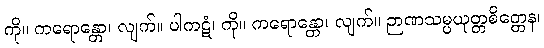
ကို။ ကရောန္တော၊ လျက်။ ပါကဋံ၊ ကို။ ကရောန္တော၊ လျက်။ ဉာဏသမ္ပယုတ္တစိတ္တေန၊